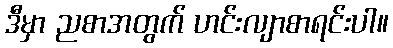
ဒီမှာ ညစာအတွက် ဟင်းလျာစာရင်းပါ။